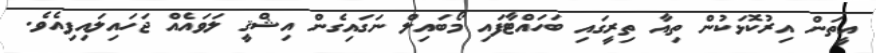
އީތަން އިރުކޮޅަކުން ތިއާ ތިރީގައި ބަހައްޓާފައި މޯބައިލް ނަގައިގެން އިޝްޤީ ލަވައެއް ޖަހައިލައިފިއެވެ.